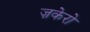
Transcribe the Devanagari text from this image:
ज़केरो